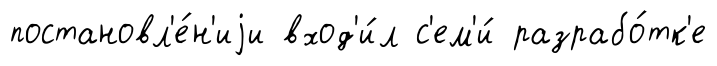
постановл'е́н'иjи вход'и́л с'ем'и́ разрабо́тк'е